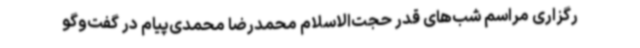
رگزاری مراسم شب‌های قدر حجت‌الاسلام محمدرضا محمدی‌پیام در گفت‌وگو